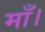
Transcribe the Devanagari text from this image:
माँ।